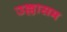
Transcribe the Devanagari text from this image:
उल्लासम